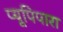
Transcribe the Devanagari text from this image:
प्यूपिपारा